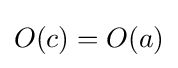
O(c)=O(a)